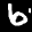
Digit: 6